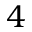
4